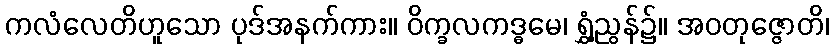
ကလံလေတိဟူသော ပုဒ်အနက်ကား။ ဝိက္ခလကဒ္ဓမေ၊ ရွှံ့ညွန်၌။ အဝတုဇ္ဇောတိ၊